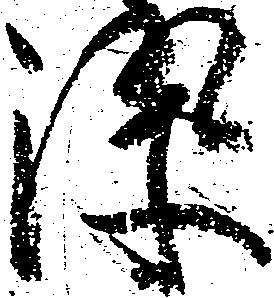
染